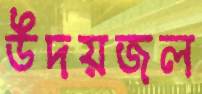
উদয়জল